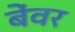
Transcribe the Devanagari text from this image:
बेंवर